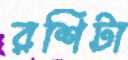
রশিটা